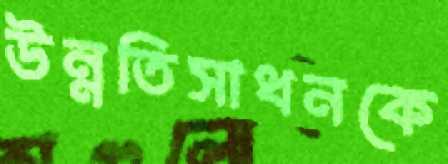
উন্নতিসাধনকে